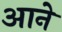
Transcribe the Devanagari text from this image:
अाने